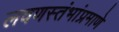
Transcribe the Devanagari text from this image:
लवणस्तंभांप्रमाणे